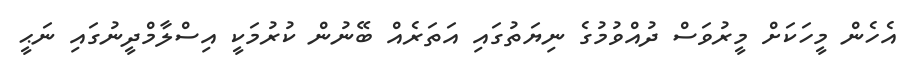
އެހެން މީހަކަށް މީރުވަސް ދުއްވުމުގެ ނިޔަތުގައި އަތަރެއް ބޭނުން ކުރުމަކީ އިސްލާމްދީނުގައި ނަޙީ